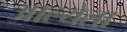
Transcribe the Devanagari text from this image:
आल्येला